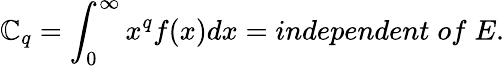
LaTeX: \mathbb{C}_{q}=\int_{0}^{\infty}x^{q}f(x)dx=independent\; of\; E.